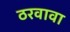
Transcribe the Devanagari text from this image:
ठरवावा